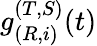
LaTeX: g_{(R,i)}^{(T,S)}(t)